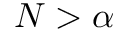
N > \alpha